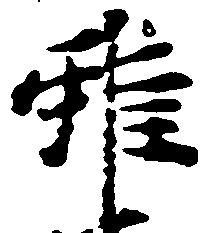
雖